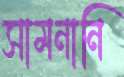
সামনানি